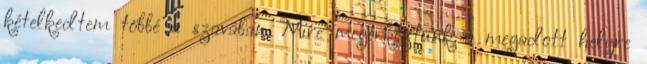
kételkedtem többé a szavában. Mire megérkeztünk a megadott helyre